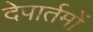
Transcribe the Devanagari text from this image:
देपार्तमों